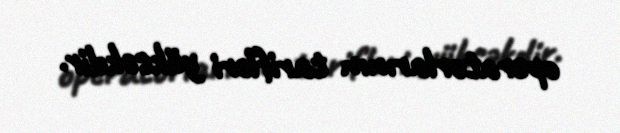
operatorlarının tarifləri yüksəkdir.